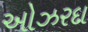
ઓઝરદા